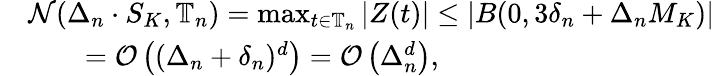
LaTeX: \begin{array}{rl}&{\mathcal{N}(\Delta_{n}\cdot S_{K},\mathbb{T}_{n})=\operatorname*{max}_{t\in\mathbb{T}_{n}}|Z(t)|\leq|B(0,3\delta_{n}+\Delta_{n}M_{K})|}\\ &{\quad\quad=\mathcal{O}\left((\Delta_{n}+\delta_{n})^{d}\right)=\mathcal{O}\left(\Delta_{n}^{d}\right),}\end{array}